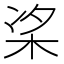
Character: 𪲁